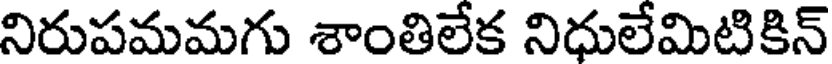
నిరుపమమగు శాంతిలేక నిధులేమిటికిన్